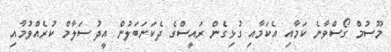
މޫސުމް ގޯސްވާނެ ކަމާއި އެކަމާއި ގުޅިގެން ރައީސްގެ ދެކަނަބަލުން އީދު ސަލާމް ކުރެއްވުމާއި